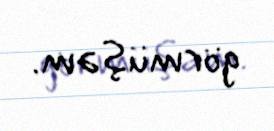
görmüşəm.